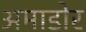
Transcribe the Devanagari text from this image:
अमाडोर